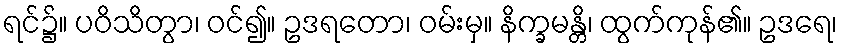
ရင်၌။ ပဝိသိတွာ၊ ဝင်၍။ ဥဒရတော၊ ဝမ်းမှ။ နိက္ခမန္တိ၊ ထွက်ကုန်၏။ ဥဒရေ၊